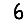
Digit: 6